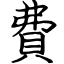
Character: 費